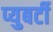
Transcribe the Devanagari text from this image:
प्युबर्टी